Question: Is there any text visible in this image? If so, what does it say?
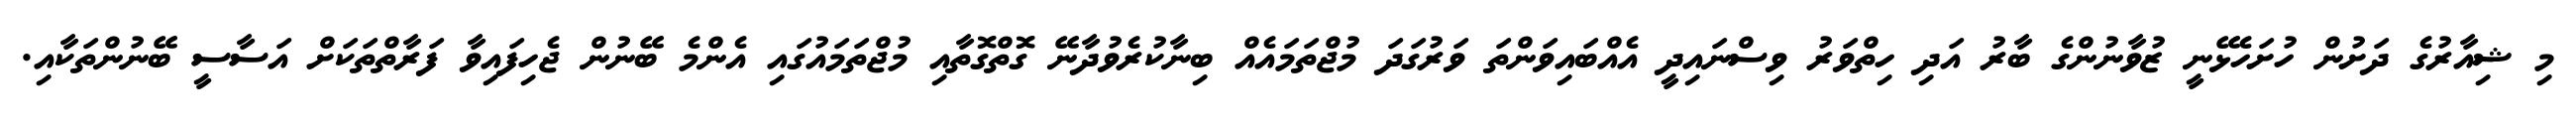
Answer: މި ޝިއާރުގެ ދަށުން ހުށަހެޅޭނީ ޒުވާނުންގެ ބާރު އަދި ހިތްވަރު ވިސްނައިދީ އެއްބައިވަންތަ ވަރުގަދަ މުޖްތަމައެއް ބިނާކުރެވުދާނޭ ގޮތްގޮތާއި މުޖްތަމައުގައި އެންމެ ބޭނުން ޖެހިފައިވާ ފަރާތްތަކަށް އަސާސީ ބޭނުންތަކާއި.